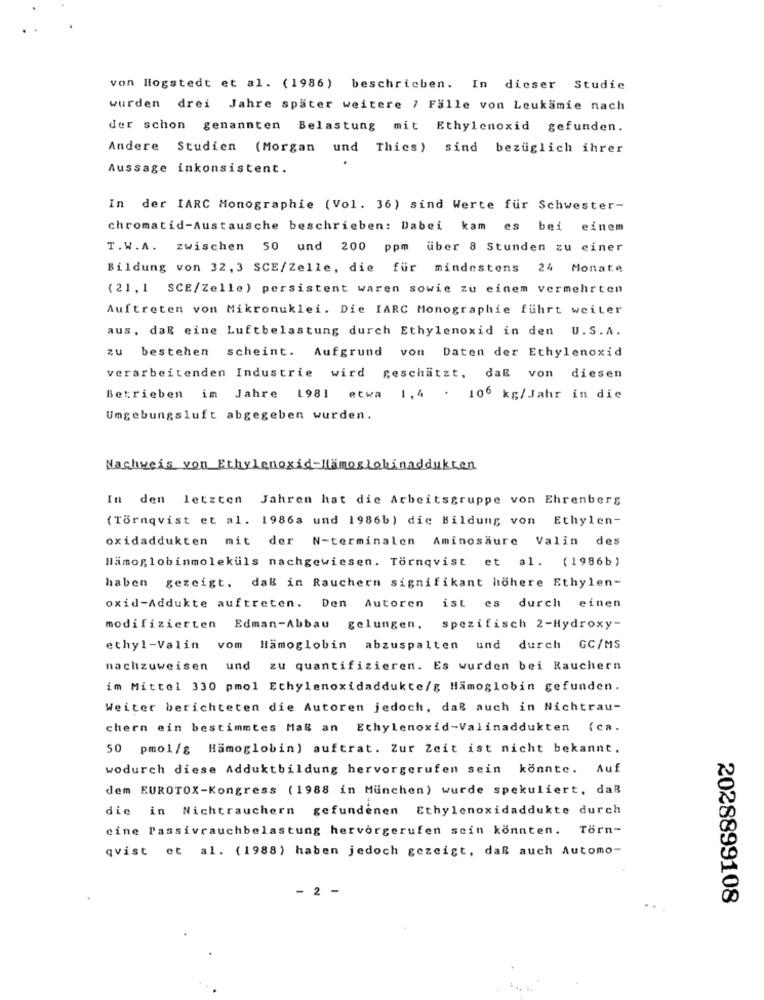
von Hogstedt et al. (1986) beschrieben. In dieser Studie
wurden drei Jahre später weitere 7 Fälle von Leukämie nach
der schon genannten Belastung mit Ethylenoxid gefunden.
Andere Studien (Morgan und Thics) sind bezüglich ihrer
Aussage inkonsistent.
In der IARC Monographie (Vol. 36) sind Werte für Schwester-
chromatid-Austausche beschrieben: Dabei kam es bei einem
T.W.A. zwischen 50 und 200 ppm über 8 Stunden zu einer
Bildung von 32,3 SCE/Zelle, die für mindestens 24 Monate
(21 , 1 SCE/Zelle) persistent waren sowie zu einem vermehrten
Auftreten von Mikronuklei. Die IARC Monographie führt weiter
aus, daß eine Luftbelastung durch Ethylenoxid in den U.S. A.
zu bestehen scheint. Aufgrund von Daten der Ethylenoxid
verarbeitenden Industrie wird geschätzt, daß von diesen
Betrieben im Jahre 1981 etwa 1,4 . 106 kg/Jahr in die
Umgebungsluft abgegeben wurden.
Nachweis von Ethylenoxid-Hämoglobinaddukten
In den letzten Jahren hat die Arbeitsgruppe von Ehrenberg
(Törnqvist et al. 1986a und 1986b) die Bildung von Ethylen-
oxidaddukten mit der N-terminalen Aminosäure Valin des
Hämoglobinmoleküls nachgewiesen. Tornqvist et al. (1986b)
haben gezeigt, daß in Rauchern signifikant höhere Ethylen-
oxid-Addukte auftreten. Den Autoren
ist es durch einen
modifizierten Edman-Abbau gelungen, spezifisch 2-Hydroxy-
ethyl-Valin vom Hämoglobin abzuspalten und durch GC/MS
nachzuweisen und zu quantifizieren. Es wurden bei Rauchern
im Mittel 330 pmol Ethylenoxidaddukte/g Hämoglobin gefunden.
Weiter berichteten die Autoren jedoch, daß auch in Nichtrau-
chern ein bestimmtes Mal an Ethylenoxid-Valinaddukten (ca.
50 pmol/g Hämoglobin) auftrat. Zur Zeit ist nicht bekannt.
wodurch diese Adduktbildung hervorgerufen sein könnte. Auf
dem EUROTOX-Kongress (1988 in München) wurde spekuliert, daß
die in Nichtrauchern gefundenen Ethylenoxidaddukte durch
cine Passivrauchbelastung hervorgerufen sein könnten. Torn-
qvist et al. (1988) haben jedoch gezeigt, daß auch Automo-
- 2 -
2028899108